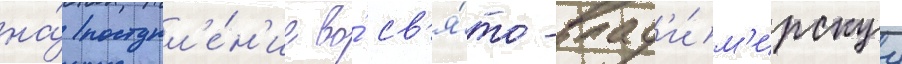
на́ поступл'е́н'ие во́ св'я́то-влад'и́м'ирскуу